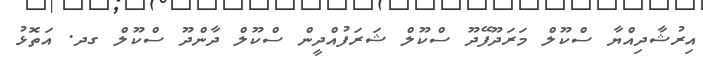
އިރުޝާދިއްޔާ ސްކޫލް މަރަދޫފޭދޫ ސްކޫލް ޝަރަފުއްދީން ސްކޫލް ދާންދޫ ސްކޫލް ގދ. އަތޮޅު